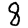
Digit: 8